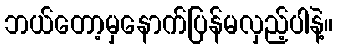
ဘယ်တော့မှနောက်ပြန်မလှည့်ပါနဲ့။